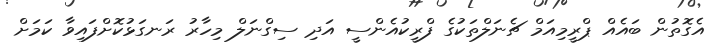
އެގޮތުން ބައެއް ޕްރީމިއަމް ޗެނަލްތަކުގެ ފްރީކުއެންސީ އަދި ސިގްނަލް މިހާރު ރަނގަޅުކޮށްފައިވާ ކަމަށް